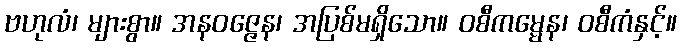
ဗဟုလံ၊ များစွာ။ အနဝဇ္ဇေန၊ အပြစ်မရှိသော။ ဝစီကမ္မေန၊ ဝစီကံနှင့်။